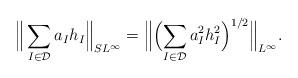
LaTeX: \begin{align*} \Big\| \sum_{I\in\mathcal{D}} a_I h_I \Big\|_{SL^\infty} = \Big\| \Bigl(\sum_{I\in\mathcal{D}} a_I^2 h_I^2\Bigr)^{1/2} \Big\|_{L^\infty}.\end{align*}